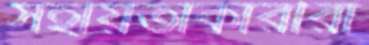
সহায়তাকারীরা